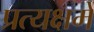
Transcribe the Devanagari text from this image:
प्रत्यक्षमें